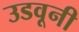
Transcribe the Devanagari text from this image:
उडवूनी